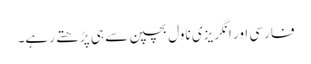
فارسی اور انگریزی ناول بچپن سے ہی پڑھتے رہے۔